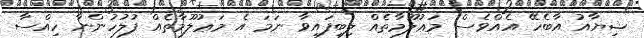
ޝިޔާއު އާބެހޭ އެއްވެސް މަޢުލޫމާތެއް ލިބިފައިވާ ނަމަ އެ މަޢުލޫމާތެއް ފުލުހުންނާ ހިއްސާ